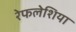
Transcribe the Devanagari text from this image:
रेफलेशिया